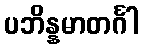
ပဘိန္နမာတင်္ဂါ